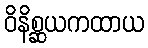
ဝိနိစ္ဆယကထာယ